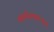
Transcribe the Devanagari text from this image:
कार्यस्वातंत्र्य